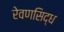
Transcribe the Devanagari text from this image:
रेवणसिद्ध